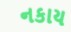
નકાય